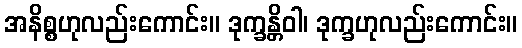
အနိစ္စဟုလည်းကောင်း။ ဒုက္ခန္တိဝါ၊ ဒုက္ခဟုလည်းကောင်း။